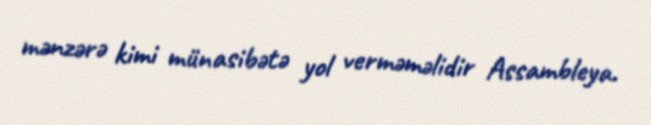
mənzərə kimi münasibətə yol verməməlidir Assambleya.